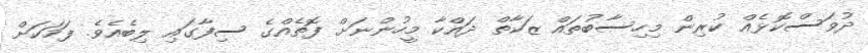
ދުވަސްކޮޅެއް ކުރިން މިހިސާބުތައް ޒަކާތް ދައްކާ މީހުންނަށް ފޮތެއްގެ ސިފާގައި ލިބެއެވެ. ފަހަކަށް